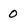
Character: O